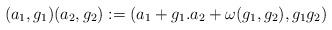
LaTeX: \begin{align*}(a_1,g_1)(a_2,g_2):= (a_1+g_1.a_2+\omega(g_1,g_2),g_1g_2)\end{align*}